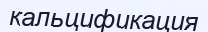
кальцификация